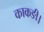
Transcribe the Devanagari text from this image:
काकङी।